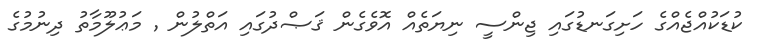
ކުޑަކުއްޖެއްގެ ހަށިގަނޑުގައި ޖިންސީ ނިޔަތެއް އޮވެގެން ޤަޞްދުގައި އަތްލުން